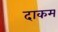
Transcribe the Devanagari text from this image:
दाकम